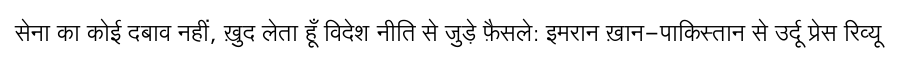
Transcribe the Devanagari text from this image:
सेना का कोई दबाव नहीं, ख़ुद लेता हूँ विदेश नीति से जुड़े फ़ैसले: इमरान ख़ान-पाकिस्तान से उर्दू प्रेस रिव्यू